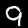
Label: 9